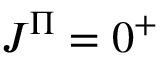
J ^ { \Pi } = 0 ^ { + }